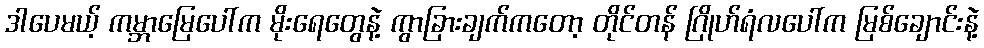
ဒါပေမယ့် ကမ္ဘာမြေပေါ်က မိုးရေတွေနဲ့ ကွာခြားချက်ကတော့ တိုင်တန် ဂြိုဟ်ရံလပေါ်က မြစ်ချောင်းနဲ့